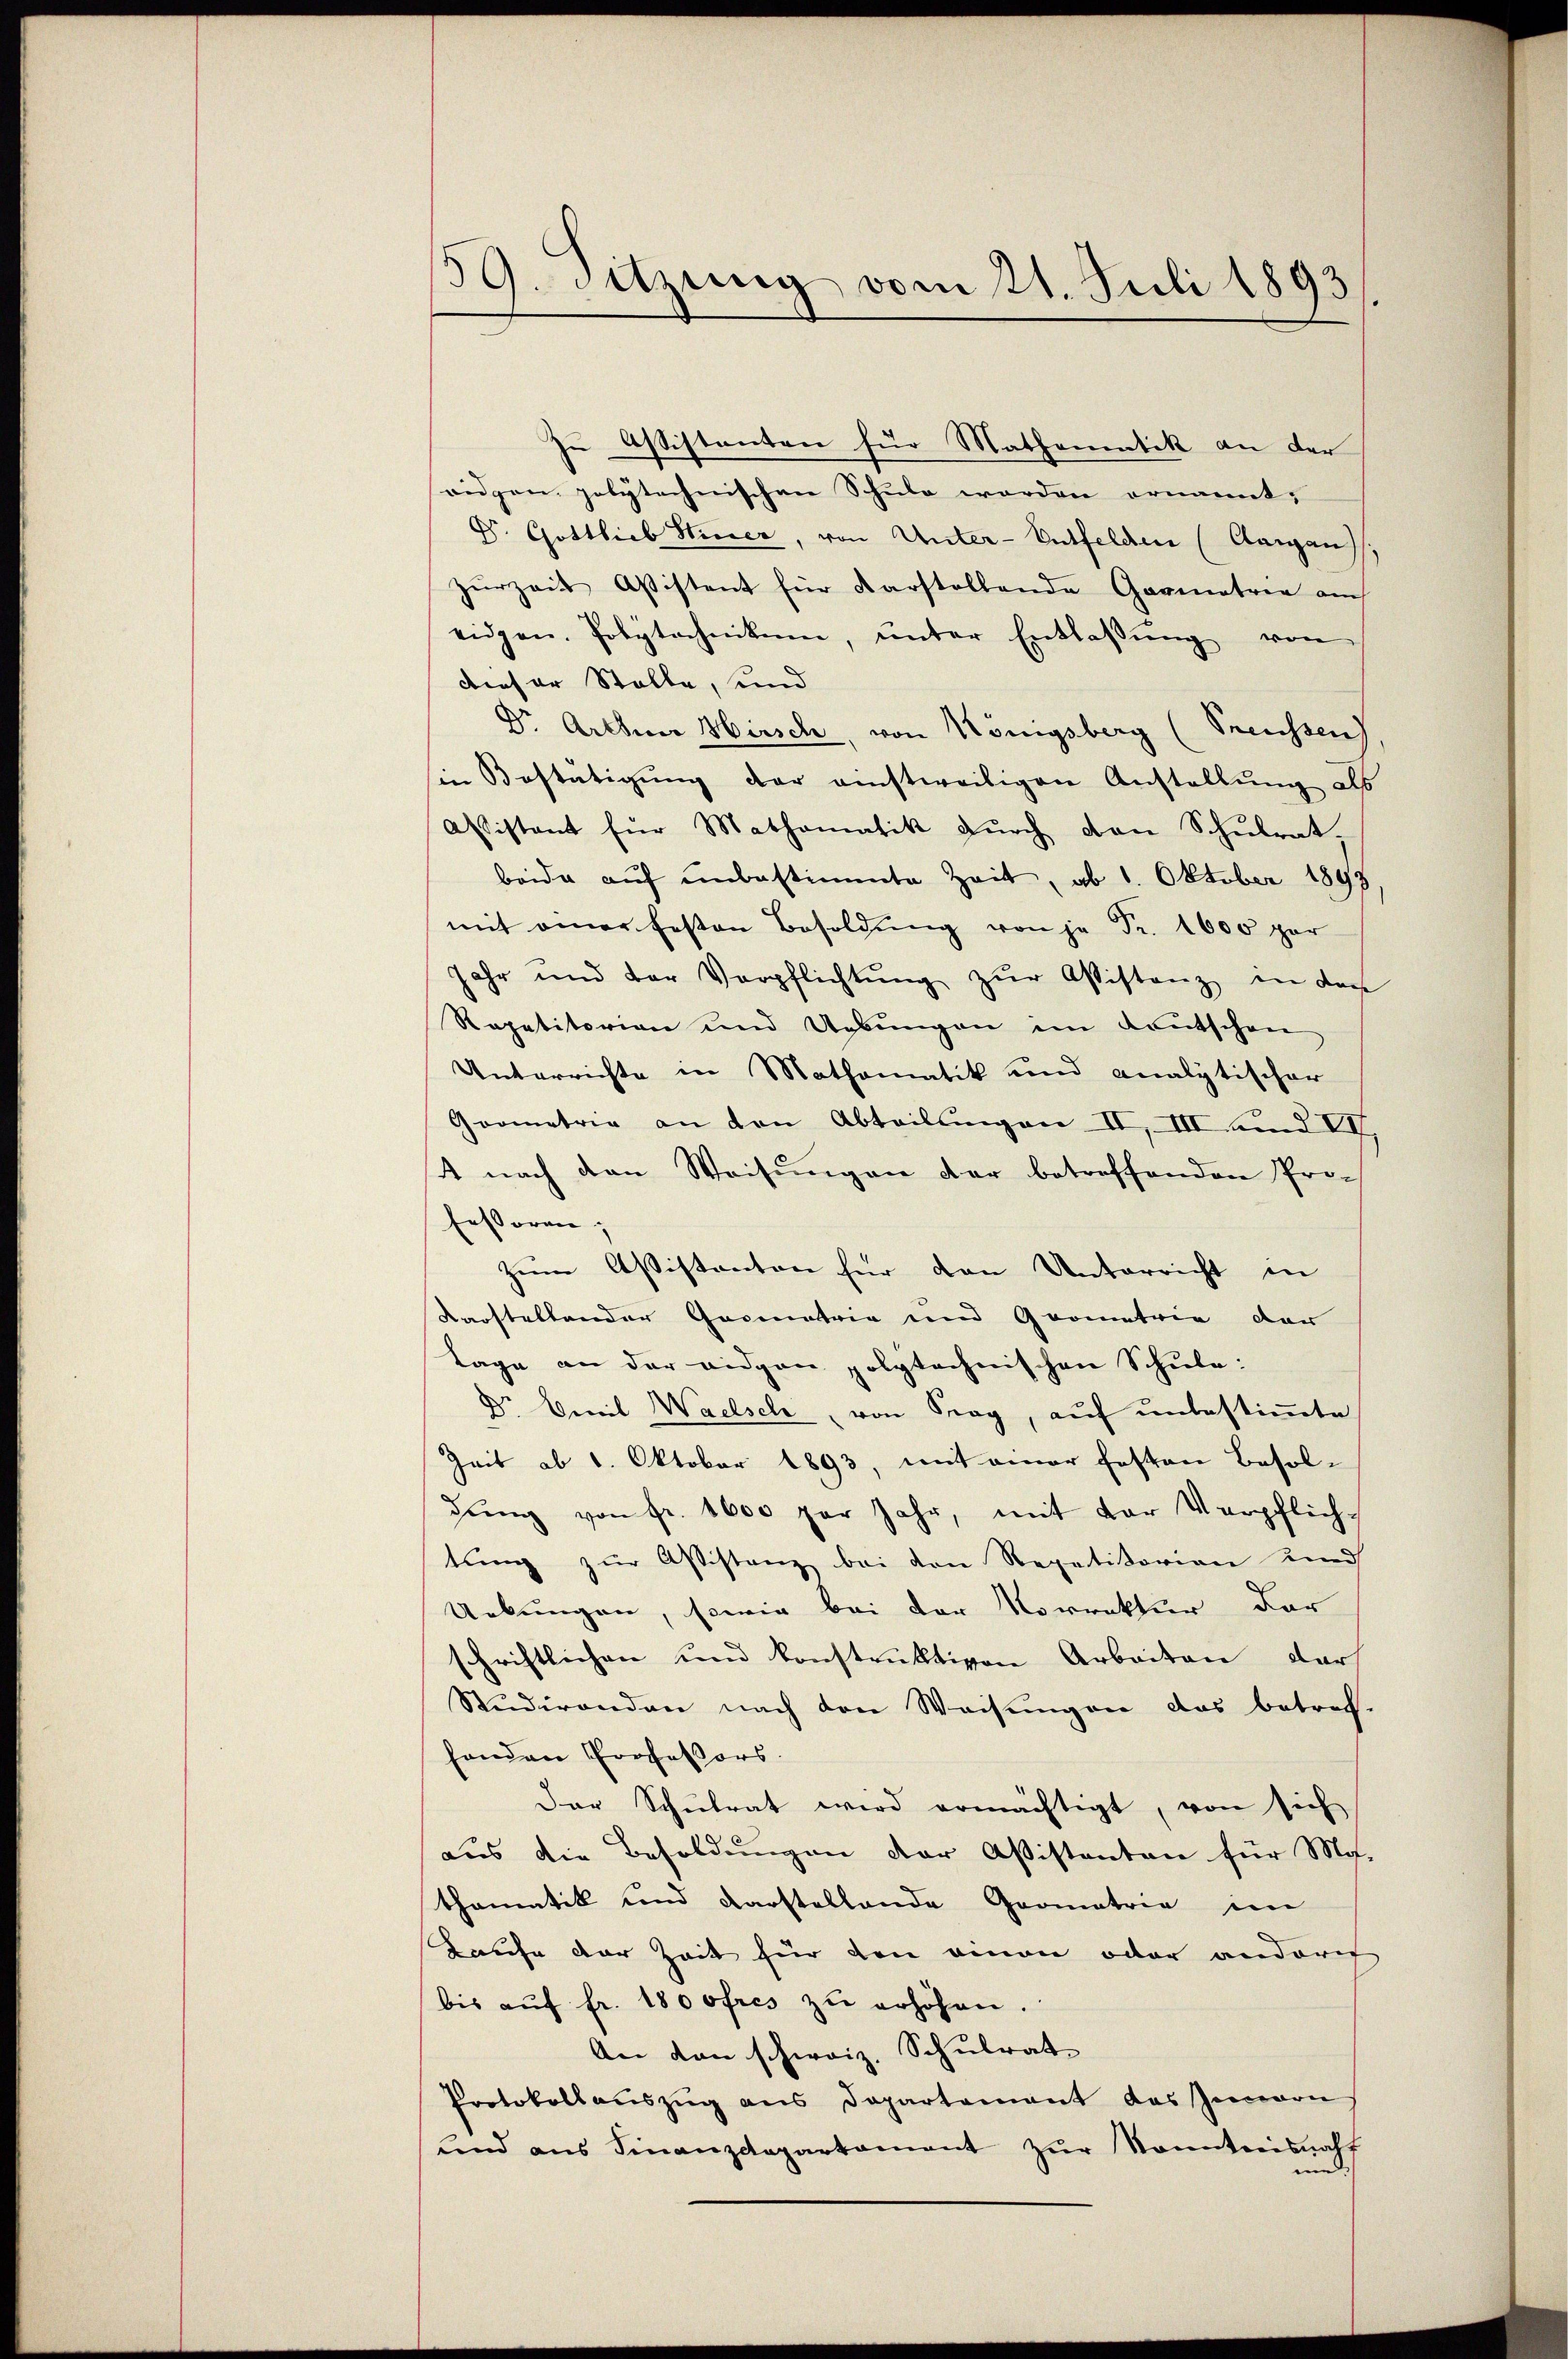
39. Sitzung vom 21. Juli 1893

zn Aßistenten für Mathenentik an der
ridgen polytechnischen Schule werden ernannt,
D. Gottlieb Hiner, von Unter-Entfelden (Aargans.
zŭrzeit Assistent für Karstellende Gormatria auch
eidgen. Polytechnikum, ŭnter Entlassŭng von
dieser Stelle, und
Dr. Arthner Hirsch, von Königsberg (Treussen)
in Bestätigŭng der einstweiligen Anstellŭng als
Asistant für Mathematik durch den Schulrat,
beide auf unbestimmte Zeit, ab 1. Oktober 1898
mit einer festen Besoldŭng von je Fr. 1600 per
Jahr und der Verpflichtŭng zŭr Assistanz in den
Repetitorian und Uebungen im Kautschen
Unterrichte in Mathematik und analytischer
Grometrie an den Abteilungen II, III und VII,
4 nach den Weisŭngen der betreffenden Professoren;
zum Assistanton für den Unterricht in
kanstaltender Gasmatria und Geometrie dar
Lage an der eidgan polytechnischen Schule:
Dr Civil Wachsel, von Frag, auf unbestimmte
Zeit ab 1. Oktober 1893, mit einer festen Besoldung von fr. 1600 per Jahr, mit der Verpflichtung zur Aßistanz bei den Repetitorien und
Uebungen, sowie bei der Vorrektur der
schriftlichen und konstruktiven Arbeiten darf
Studirenden nach den Weisungen das betrech-
henden Professors.
Der Schulrat wird ermächtigt, von sich
aus die Besoldungen der Aßistenten für Mo-
thematik und darstellende Geometrie im
Kaufe der Zeit für den einen oder andari
bis aŭf fr. 180 ofres zŭ erhöhen.
An den schweiz. Schulrat
Protokollauszug aus Departement des Innern
und ans Finanzdepartament zŭr Kenntnisnaht
und